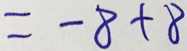
= - 8 + 8